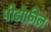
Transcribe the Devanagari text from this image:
पीडोफ़ील